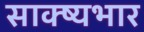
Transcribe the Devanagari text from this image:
साक्ष्यभार